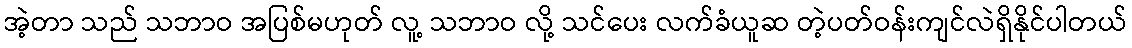
အဲ့တာ သည် သဘာဝ အပြစ်မဟုတ် လူ့ သဘာဝ လို့ သင်ပေး လက်ခံယူဆ တဲ့ပတ်ဝန်းကျင်လဲရှိနိုင်ပါတယ်